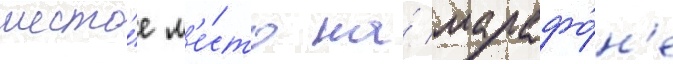
шесто́е м'е́сто на́ марафо́н'е